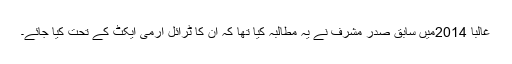
غالباً 2014میں سابق صدر مشرف نے یہ مطالبہ کیا تھا کہ ان کا ٹرائل آرمی ایکٹ کے تحت کیا جائے۔